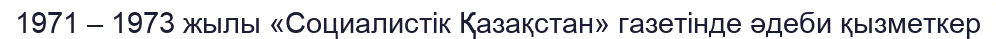
1971 – 1973 жылы «Социалистік Қазақстан» газетінде әдеби қызметкер